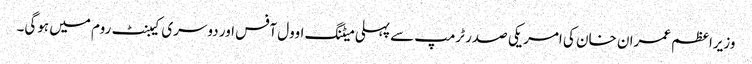
وزیراعظم عمران خان کی امریکی صدر ٹرمپ سے پہلی میٹنگ اوول آفس اور دوسری کیبنٹ روم میں ہوگی۔